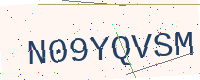
Text: N09YQVSM